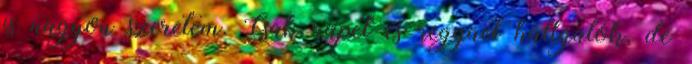
is nagyon szeretem. Csak rapet és reggaet hallgatok, de